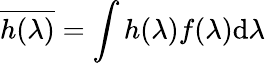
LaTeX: \overline{{h(\lambda)}}=\int h(\lambda)f(\lambda)\mathrm{d}\lambda